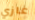
غازي